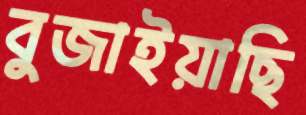
বুজাইয়াছি